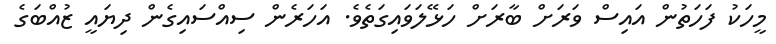
މީހަކު ފަހަތުން އައިސް ވަރަށް ބާރަށް ހަޅޭލަވައިގަތެވެ. އަހަރެން ސިއްސައިގެން ދިޔައީ ޒުއްބަގެ